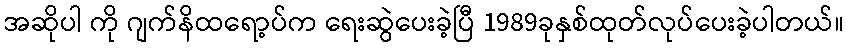
အဆိုပါ ကို ဂျက်နိထရော့ပ်က ရေးဆွဲပေးခဲ့ပြီ 1989ခုနှစ်ထုတ်လုပ်ပေးခဲ့ပါတယ်။